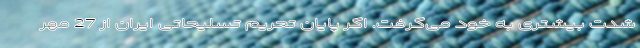
شدت بیشتری به خود می‌گرفت. اگر پایان تحریم تسلیحاتی ایران از 27 مهر